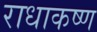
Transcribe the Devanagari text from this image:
राधाकष्‍ण